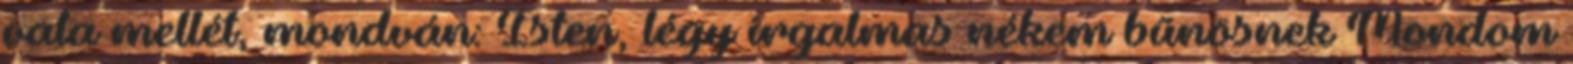
vala mellét, mondván: Isten, légy irgalmas nékem bűnösnek Mondom